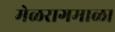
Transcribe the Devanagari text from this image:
मेळरागमाळा